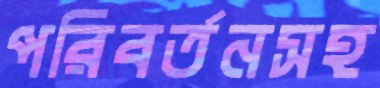
পরিবর্তনসহ